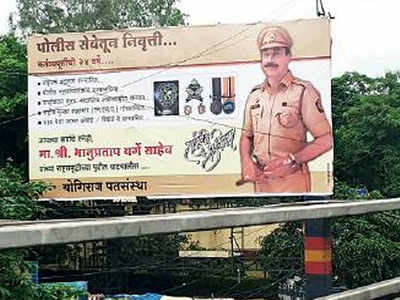
Language: marathi
Transcription: निवृत्ती पोलीस सेवेतून श्री. भानुप्रताप योगिराज पतसंस्था साहेब पर्गे